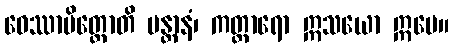
ဝေဿာမိတ္တောတိ မန္တာနံ၊ ကတ္တာရော ဣသယော ဣမေ။